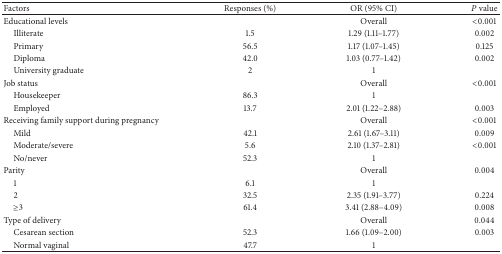
<table><thead><tr><td><b>Factors</b></td><td><b>Responses (%)</b></td><td><b>OR (95% CI)</b></td><td><b><i>P</i> value</b></td></tr></thead><tbody><tr><td>Educational levels</td><td> </td><td>Overall</td><td>&lt;0.001</td></tr><tr><td> Illiterate</td><td>1.5</td><td>1.29 (1.11–1.77)</td><td>0.002</td></tr><tr><td> Primary</td><td>56.5</td><td>1.17 (1.07–1.45)</td><td>0.125</td></tr><tr><td> Diploma</td><td>42.0</td><td>1.03 (0.77–1.42)</td><td>0.002</td></tr><tr><td> University graduate</td><td>2</td><td>1</td><td> </td></tr><tr><td>Job status</td><td> </td><td>Overall</td><td>&lt;0.001</td></tr><tr><td> Housekeeper</td><td>86.3</td><td>1</td><td> </td></tr><tr><td> Employed</td><td>13.7</td><td>2.01 (1.22–2.88)</td><td>0.003</td></tr><tr><td>Receiving family support during pregnancy</td><td> </td><td>Overall</td><td>&lt;0.001</td></tr><tr><td> Mild</td><td>42.1</td><td>2.61 (1.67–3.11)</td><td>0.009</td></tr><tr><td> Moderate/severe</td><td>5.6</td><td>2.10 (1.37–2.81)</td><td>&lt;0.001</td></tr><tr><td> No/never</td><td>52.3</td><td>1</td><td> </td></tr><tr><td>Parity</td><td> </td><td>Overall</td><td>0.004</td></tr><tr><td> 1</td><td>6.1</td><td>1</td><td> </td></tr><tr><td> 2</td><td>32.5</td><td>2.35 (1.91–3.77)</td><td>0.224</td></tr><tr><td> ≥3</td><td>61.4</td><td>3.41 (2.88–4.09)</td><td>0.008</td></tr><tr><td>Type of delivery</td><td> </td><td>Overall</td><td>0.044</td></tr><tr><td> Cesarean section</td><td>52.3</td><td>1.66 (1.09–2.00)</td><td>0.003</td></tr><tr><td> Normal vaginal</td><td>47.7</td><td>1</td><td> </td></tr></tbody></table>